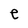
Character: e